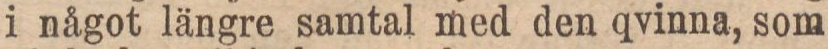
i något längre samtal med den qvinna, som